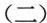
(二)